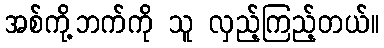
အစ်ကို့ဘက်ကို သူ လှည့်ကြည့်တယ်။